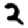
Digit: 2